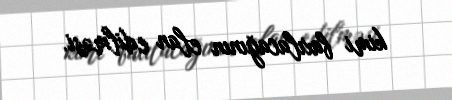
kimi baxılacağının elan edilməsi.